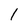
Character: l